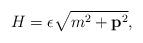
LaTeX: \begin{align*}H=\epsilon \sqrt{m^2+{\bf p}^2}, \end{align*}